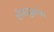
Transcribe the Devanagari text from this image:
शीतयुद्धाचा